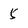
Character: 5